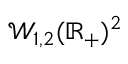
\mathcal { W } _ { 1 , 2 } ( \mathbb { R } _ { + } ) ^ { 2 }